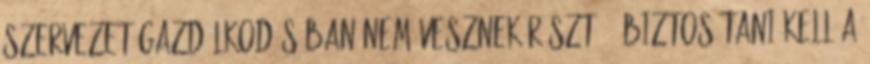
szervezet gazdálkodásában nem vesznek részt. 3 Biztosítani kell a